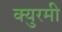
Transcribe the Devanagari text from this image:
क्युरमी